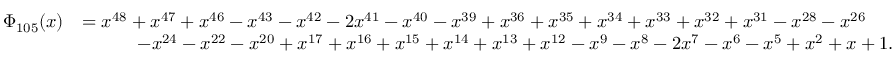
{ \begin{array} { r l } { \Phi _ { 1 0 5 } ( x ) } & { = x ^ { 4 8 } + x ^ { 4 7 } + x ^ { 4 6 } - x ^ { 4 3 } - x ^ { 4 2 } - 2 x ^ { 4 1 } - x ^ { 4 0 } - x ^ { 3 9 } + x ^ { 3 6 } + x ^ { 3 5 } + x ^ { 3 4 } + x ^ { 3 3 } + x ^ { 3 2 } + x ^ { 3 1 } - x ^ { 2 8 } - x ^ { 2 6 } } \\ & { \qquad \quad - x ^ { 2 4 } - x ^ { 2 2 } - x ^ { 2 0 } + x ^ { 1 7 } + x ^ { 1 6 } + x ^ { 1 5 } + x ^ { 1 4 } + x ^ { 1 3 } + x ^ { 1 2 } - x ^ { 9 } - x ^ { 8 } - 2 x ^ { 7 } - x ^ { 6 } - x ^ { 5 } + x ^ { 2 } + x + 1 . } \end{array} }